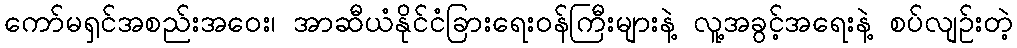
ကော်မရှင်အစည်းအဝေး၊ အာဆီယံနိုင်ငံခြားရေးဝန်ကြီးများနဲ့ လူ့အခွင့်အရေးနဲ့ စပ်လျဉ်းတဲ့